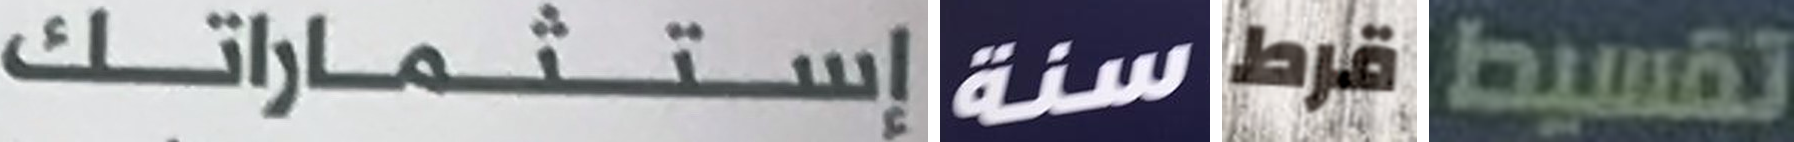
إستشماراتك سنة قرط تقسيط